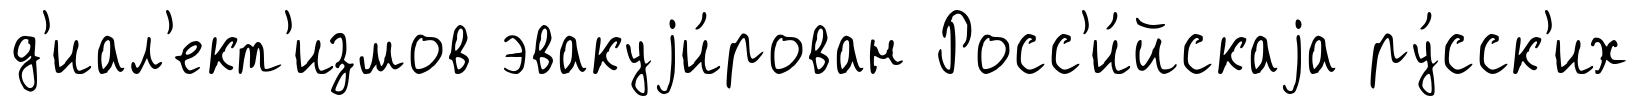
д'иал'ект'измов эвакуjи́рован Росс'и́йскаjа ру́сск'их